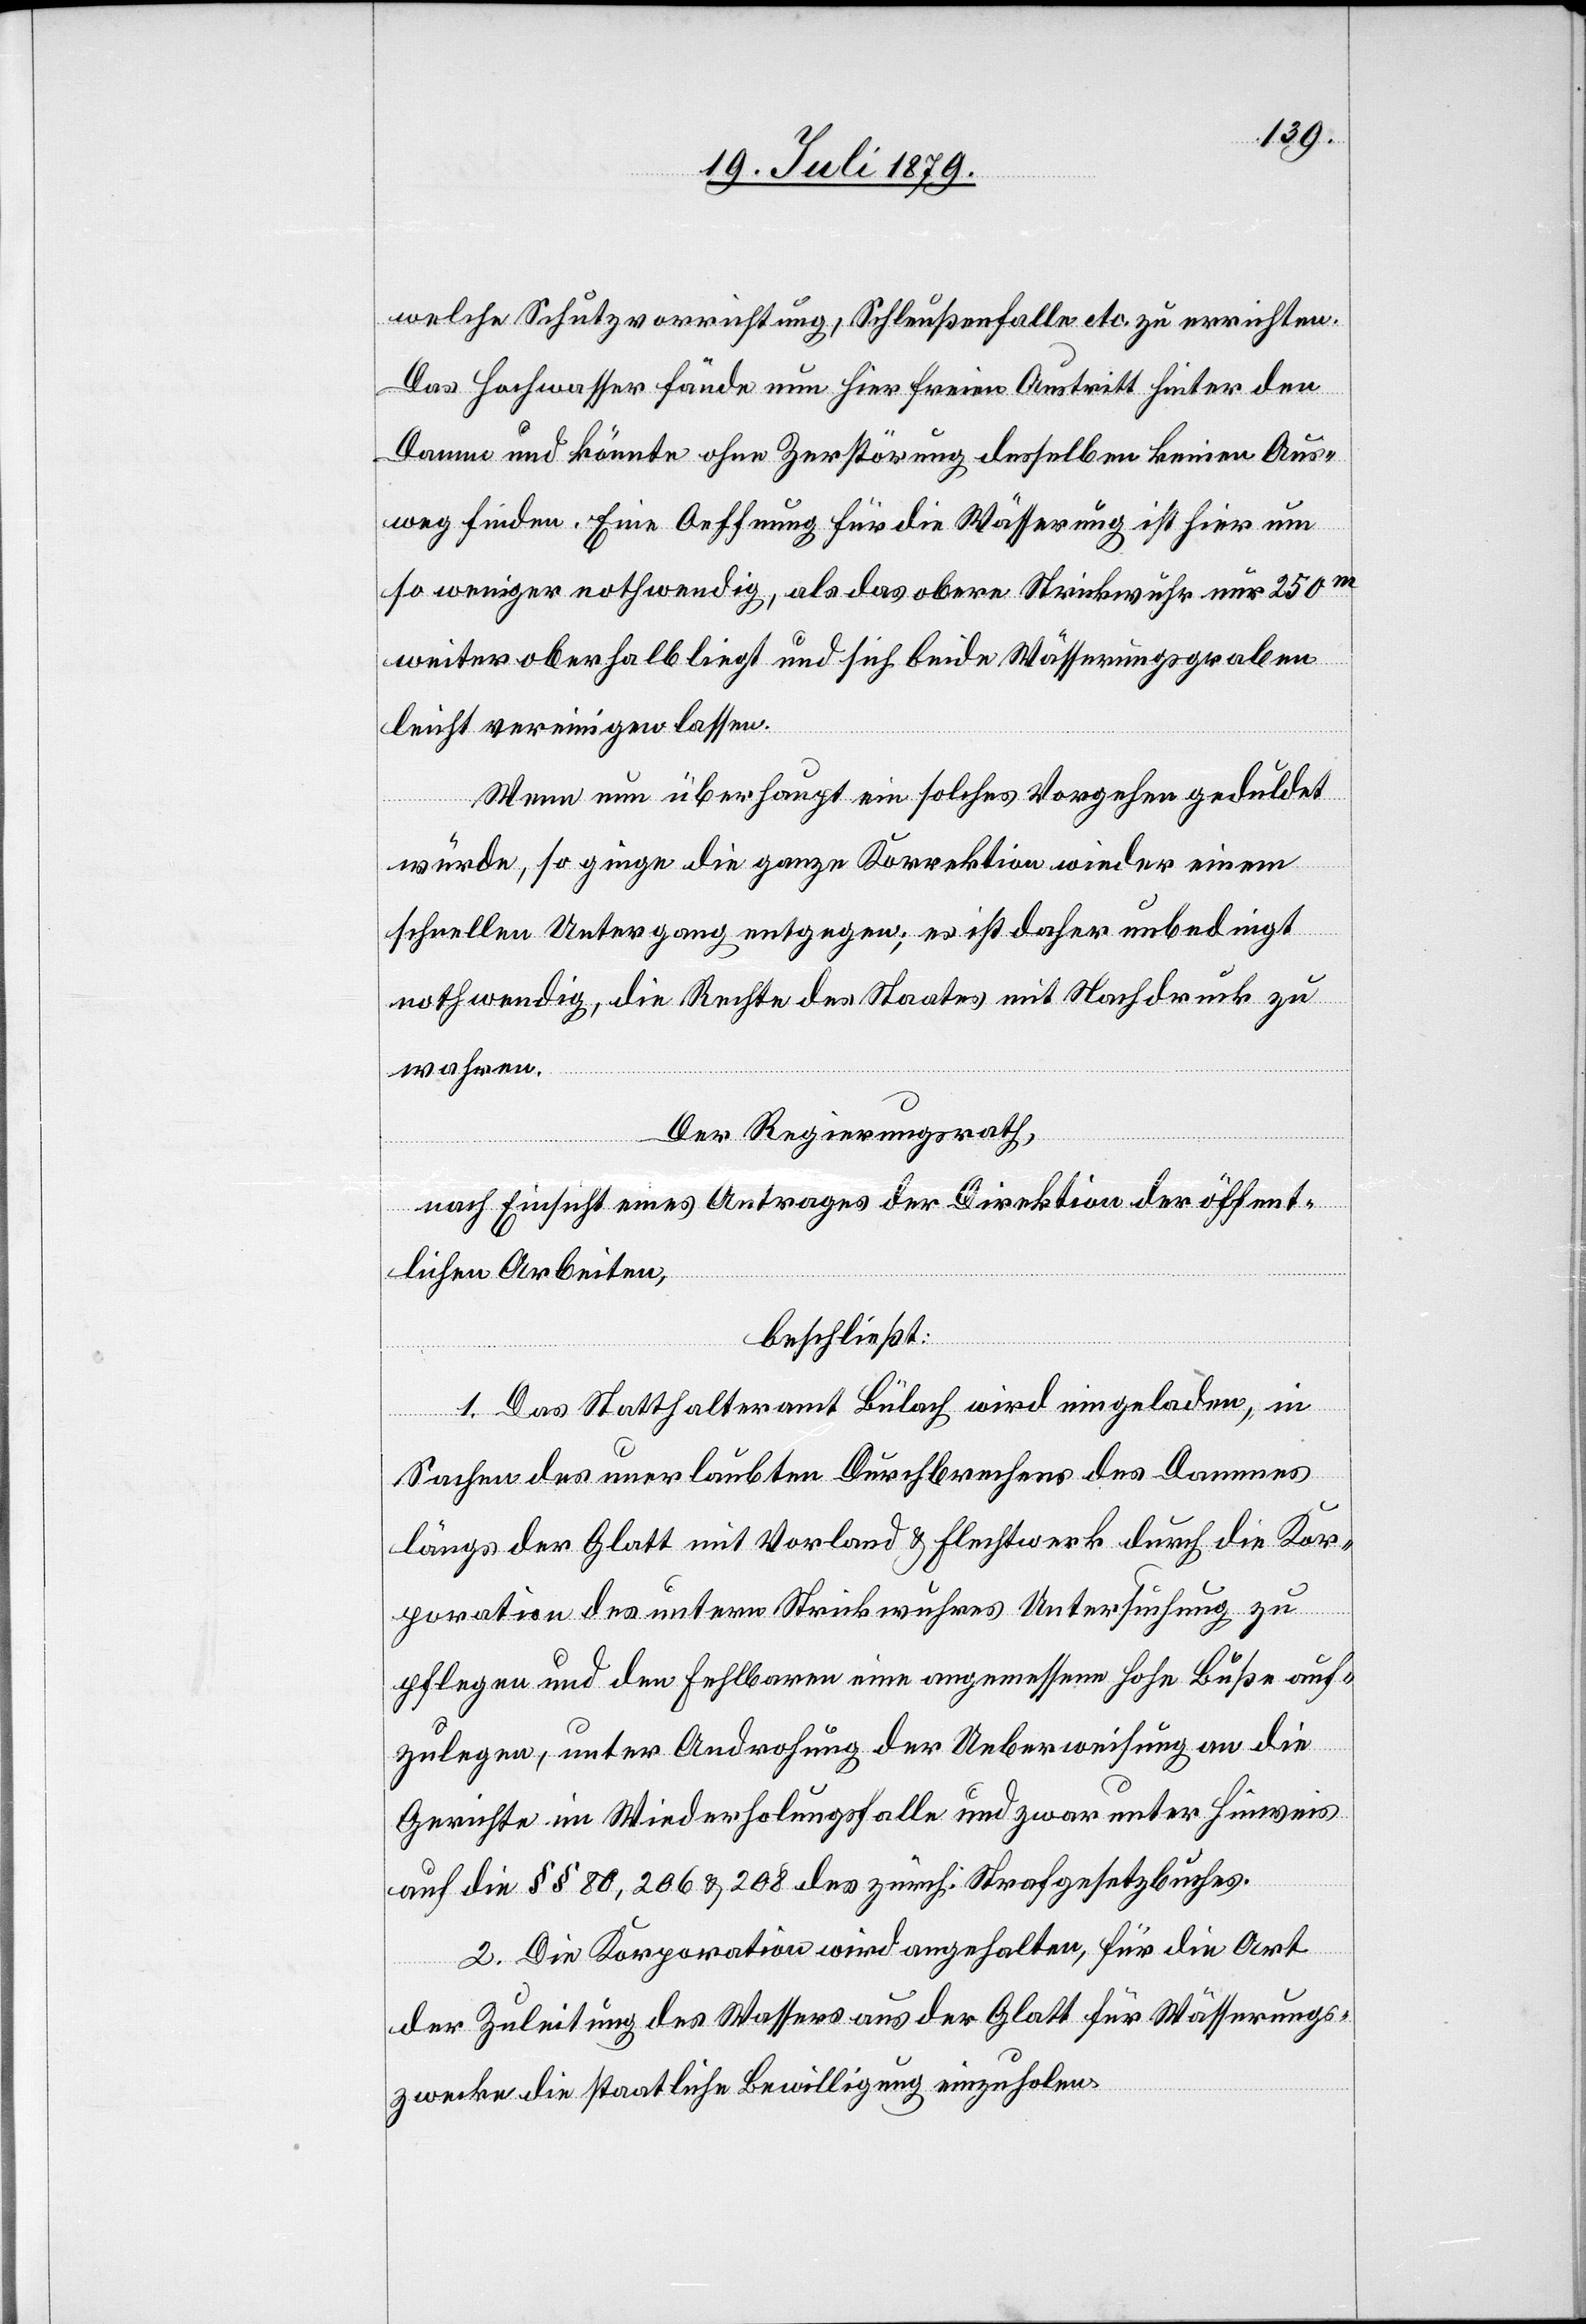
welche Schutzvorrichtung, Schleußenfalle etc. zu errichten.
Das Hochwasser fände nun hier freien Austritt hinter den
Damm und könne ohne Zerstörung desselben keinen Aus¬
weg finden. Eine Oeffnung für die Wässerung ist hier um
so weniger nothwendig, als das obere Strickwuhr nur 250m
weiter oberhalb liegt und sich beide Wässerungsgraben
leicht vereinigen lassen.
Wenn nun überhaupt ein solches Vorgehen geduldet
würde, so ginge die ganze Korrektion wieder einem
schnellen Untergang entgegen; es ist daher unbedingt
nothwendig, die Rechte des Staates mit Nachdruck zu
wahren.
Der Regierungsrath,
nach Einsicht eines Antrages der Direktion der öffent¬
lichen Arbeiten,
beschließt:
1. Das Statthalteramt Bülach wird eingeladen, in
Sachen des unerlaubten Durchbrechens des Dammes
längs der Glatt mit Vorland & Flechtwerk durch die Kor¬
poration des untern Strickwuhres Untersuchung zu
pflegen und den Fehlbaren eine angemessene hohe Buße auf¬
zulegen, unter Androhung der Ueberweisung an die
Gerichte im Wiederholungsfalle und zwar unter Hinweis
auf die §§ 80, 206 & 208 des zürch. Strafgesetzbuches.
2. Die Korporation wird angehalten, für die Art
der Zuleitung des Wassers aus der Glatt für Wässerungs¬
zwecke die staatliche Bewilligung einzuholen.